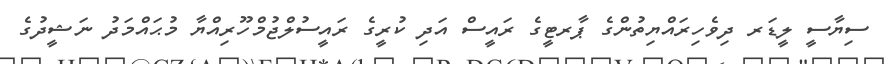
ސިޔާސީ ލީޑަރ ދިވެހިރައްޔިތުންގެ ޕާރޓީގެެ ރައީސް އަދި ކުރީގެ ރައީސުލްޖުމްހޫރިއްޔާ މުޙައްމަދު ނަޝީދުގެ